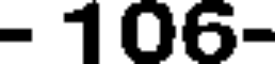
- 106-